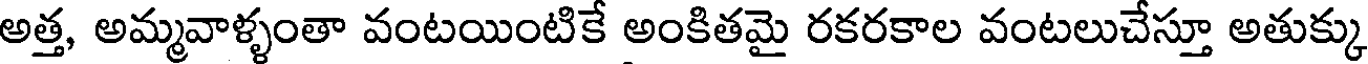
అత్త, అమ్మవాళ్ళంతా వంటయింటికే అంకితమై రకరకాల వంటలుచేస్తూ అతుక్కు